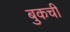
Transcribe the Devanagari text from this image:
बुकची